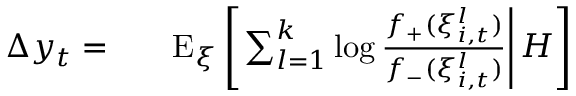
\begin{array} { r l } { \Delta y _ { t } = } & { { } \quad \mathrm { E } _ { \xi } \left[ \left. \sum _ { l = 1 } ^ { k } \log \frac { f _ { + } ( \xi _ { i , t } ^ { l } ) } { f _ { - } ( \xi _ { i , t } ^ { l } ) } \right| H \right] } \end{array}